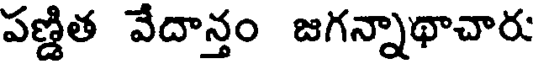
పణ్ణిత వేదాన్తం జగన్నాథాచారు